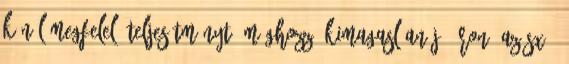
kínál megfelelő teljesítményt, méghozzá kimagaslóan jó áron. Az SX25